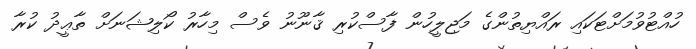
ހުއްޓުވުމަށްޓަކައި ރައްޔިތުންގެ މަޖިލީހުން ފާސްކުރި ޤާނޫނު ވެސް މިހާރު ކޯލިޝަނަށް ތާޢީދު ކުރާ